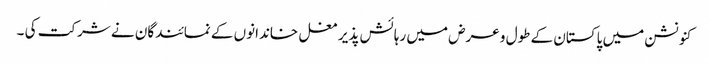
کنونشن میں پاکستان کے طول و عرض میں رہائش پذیر مغل خاندانوں کے نمائندگان نے شرکت کی ۔